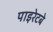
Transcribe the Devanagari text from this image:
पाइरेटबे